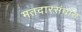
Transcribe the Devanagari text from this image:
मतदारसंघांस